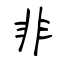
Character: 非